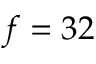
f = 3 2